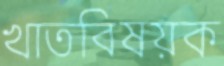
খাতবিষয়ক